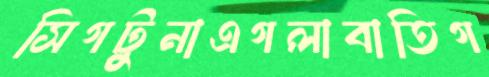
সিগটুনাএগলাবাতিগ